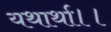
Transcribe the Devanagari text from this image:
यथार्था।।